38_143685_box_Incident_Summaries_101-172
Agency: Department of War
Page 102
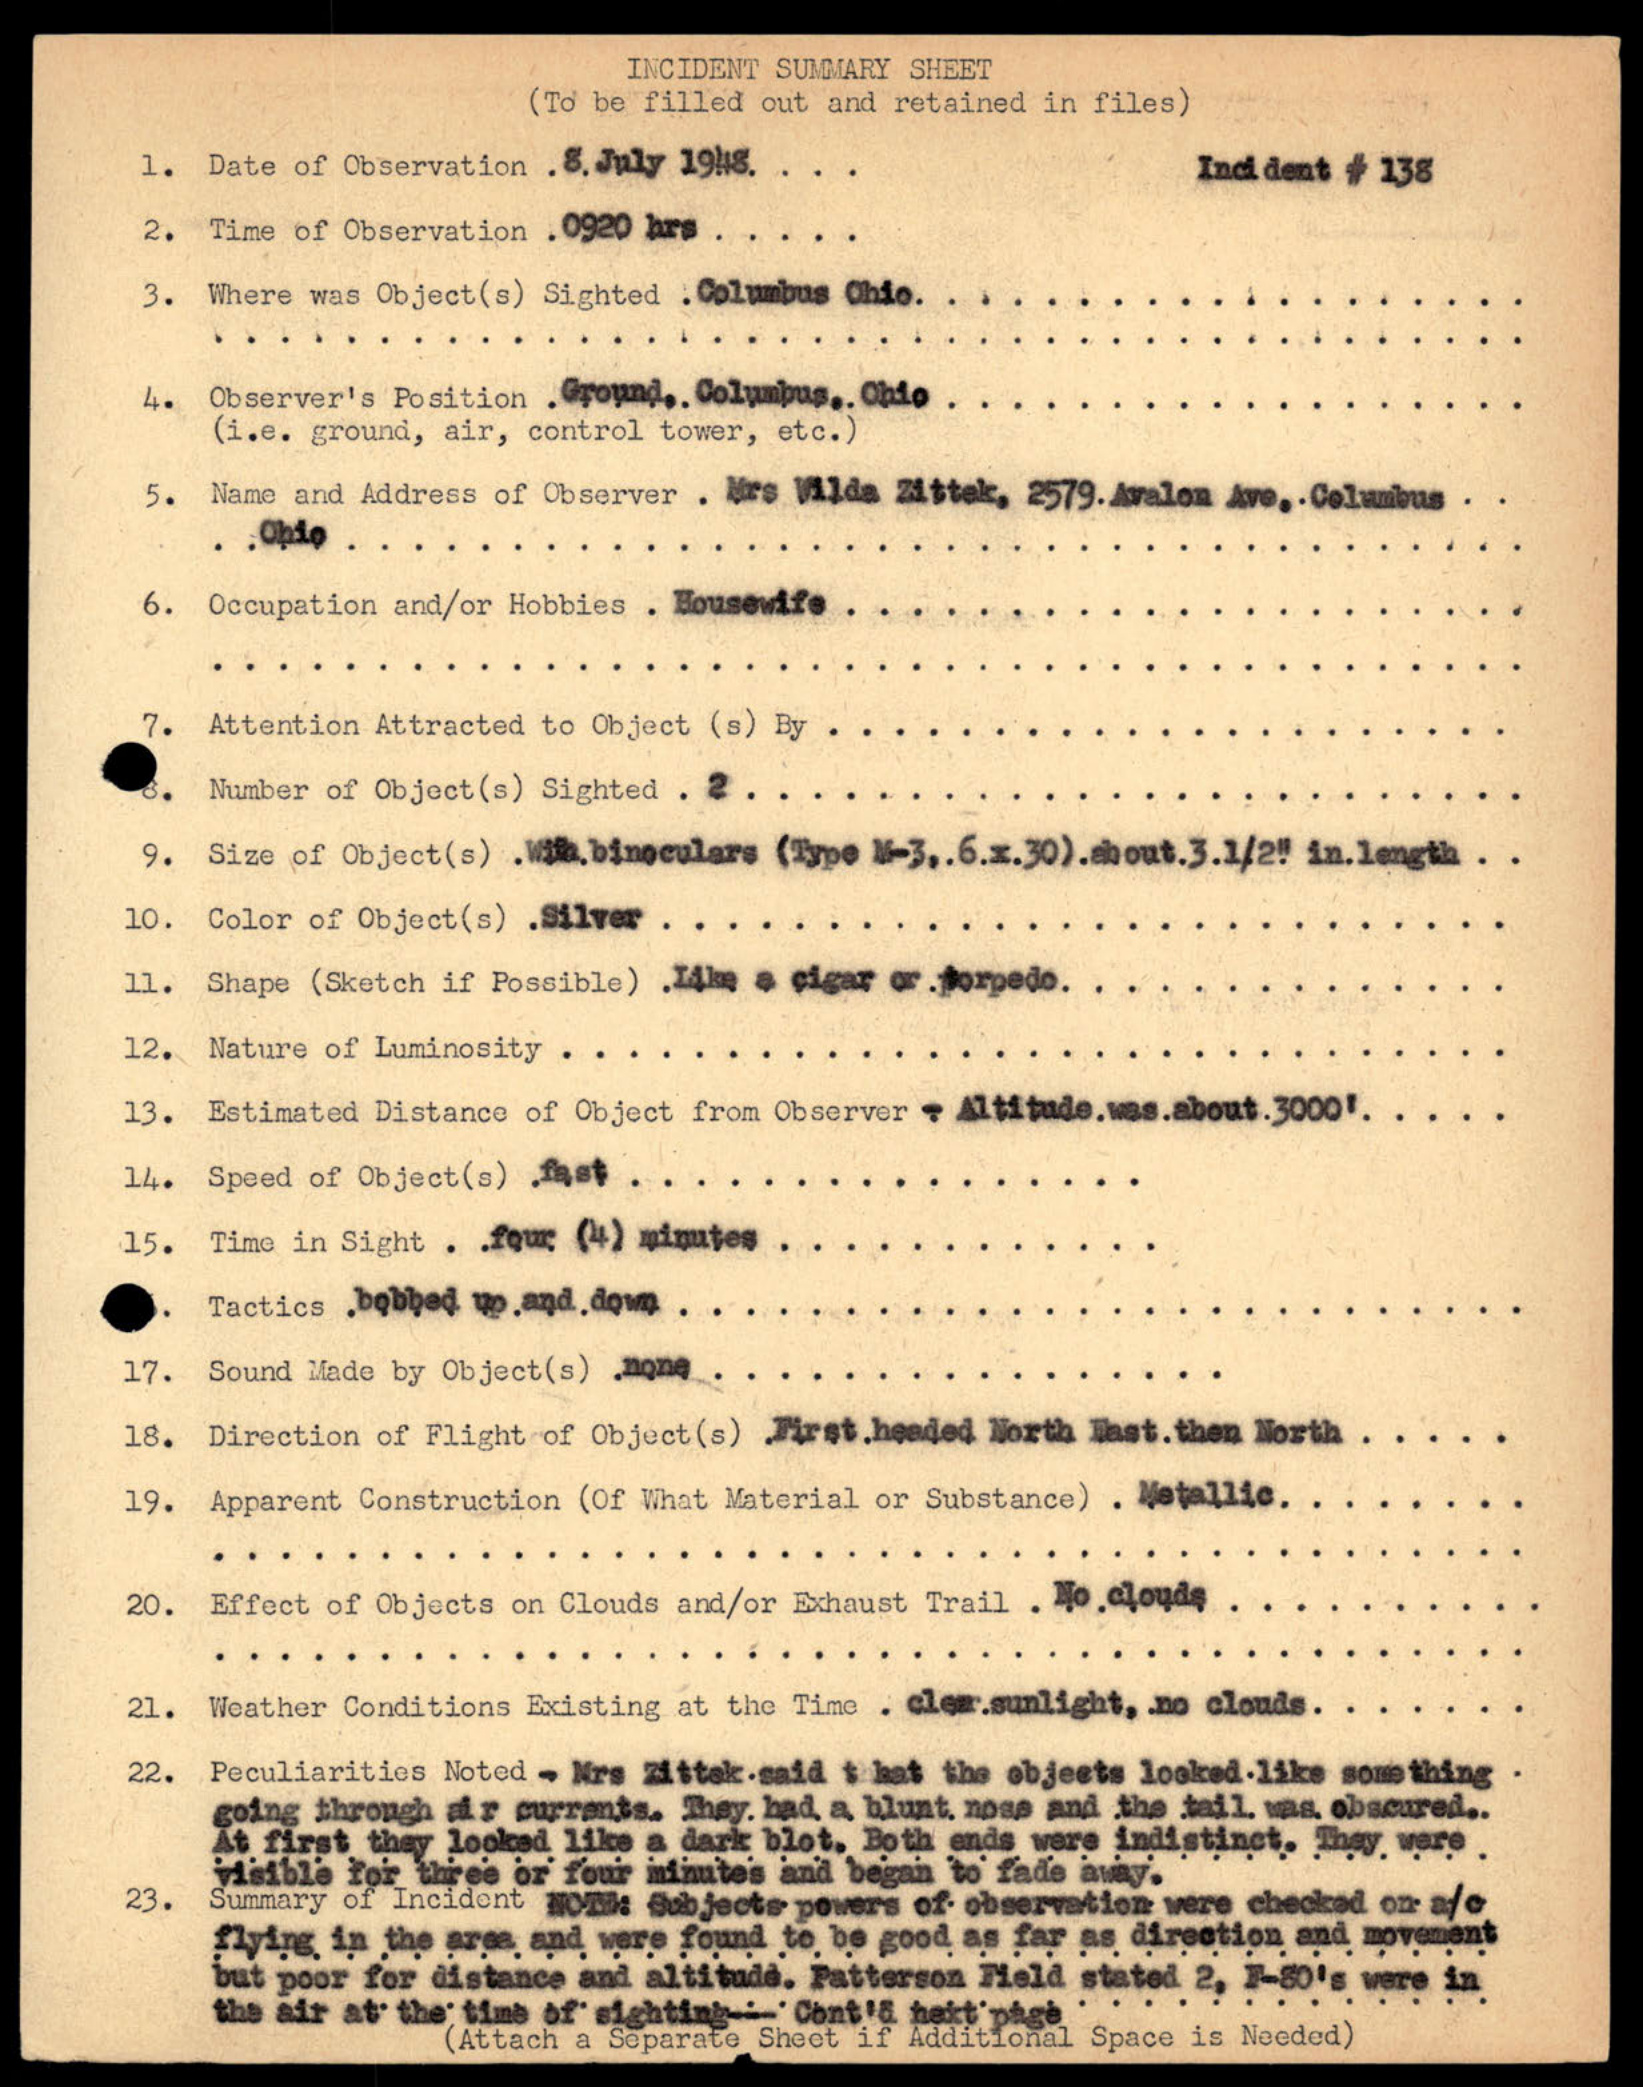